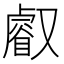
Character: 𠮉